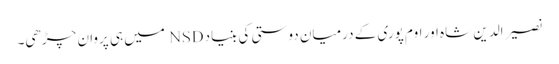
نصیر الدین شاہ اور اوم پوری کے درمیان دوستی کی بنیاد NSD میں ہی پروان چڑھی۔